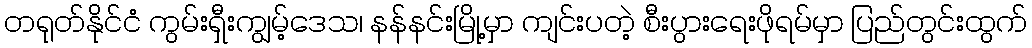
တရုတ်နိုင်ငံ ကွမ်းရှီးကျွမ့်ဒေသ၊ နန်နင်းမြို့မှာ ကျင်းပတဲ့ စီးပွားရေးဖိုရမ်မှာ ပြည်တွင်းထွက်